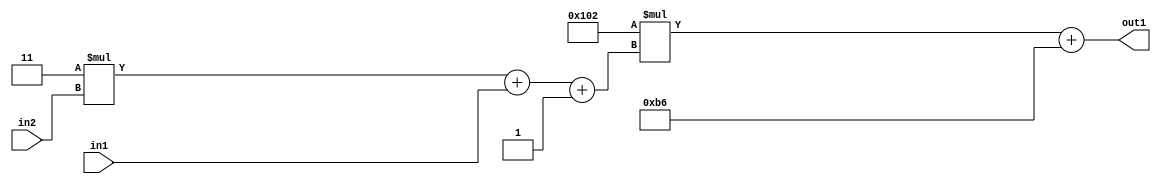
`timescale 1ps / 1ps
/*****************************************************************************
    Verilog RTL Description
    
    
    Created by: Stratus DpOpt 2019.1.01 
*******************************************************************************/

module DC_Filter_Add2i182Mul2i258Add3i1u1Mul2i3u2_1 (
	in2,
	in1,
	out1
	); /* architecture "behavioural" */ 
input [1:0] in2;
input  in1;
output [11:0] out1;
wire [11:0] asc001;
wire [3:0] asc002;

wire [3:0] asc002_tmp_0;
wire [3:0] asc002_tmp_1;
assign asc002_tmp_1 = 
	+(4'B0011 * in2);
assign asc002_tmp_0 = asc002_tmp_1
	+(in1);
assign asc002 = asc002_tmp_0
	+(4'B0001);

wire [11:0] asc001_tmp_2;
assign asc001_tmp_2 = 
	+(12'B000100000010 * asc002);
assign asc001 = asc001_tmp_2
	+(12'B000010110110);

assign out1 = asc001;
endmodule

/* CADENCE  vrTwTgk= : u9/ySgnWtBlWxVPRXgAZ4Og= ** DO NOT EDIT THIS LINE ******/